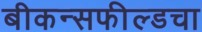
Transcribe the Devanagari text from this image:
बीकन्सफील्डचा